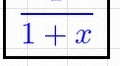
\frac{1}{1+x}